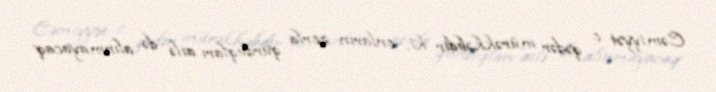
Cəmiyyət o qədər mürəkkəbdir ki, onların zorla qurduqları ailə də alınmayacaq